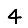
Digit: 4